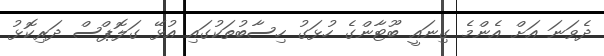
ދެވަނަ އަށް އެންމެ ގިނައީ ބޫޓާންގެ ހުޅަގު ހިސާބުތަކުގައި އުޅޭ ގަލޮޕްސް ދަރިކޮޅު